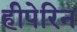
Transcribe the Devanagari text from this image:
हीपेरिन